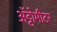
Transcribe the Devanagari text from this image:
अॅट्टोमीटर